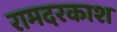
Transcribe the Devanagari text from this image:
रामदरकाश